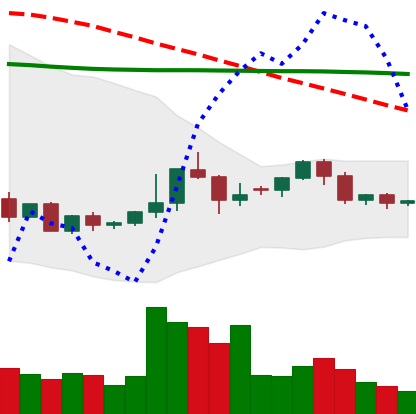
Ticker: ETC-USD
Chart end date: 2022-06-04
Forward return: -3.596%
Label: down_3_5